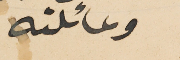
وعائلته